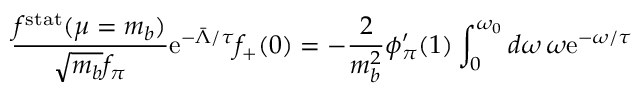
\frac { f ^ { \mathrm { s t a t } } ( \mu = m _ { b } ) } { \sqrt { m _ { b } } f _ { \pi } } \mathrm { e } ^ { - \bar { \Lambda } / \tau } f _ { + } ( 0 ) = - \frac { 2 } { m _ { b } ^ { 2 } } \phi _ { \pi } ^ { \prime } ( 1 ) \int _ { 0 } ^ { \omega _ { 0 } } d \omega \, \omega \mathrm { e } ^ { - \omega / \tau }